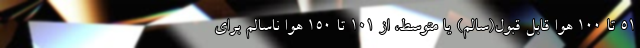
۵۱ تا ۱۰۰ هوا قابل قبول(سالم) یا متوسط، از ۱۰۱ تا ۱۵۰ هوا ناسالم برای